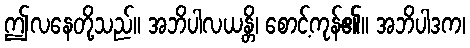
ဤလနေတို့သည်။ အဘိပါလယန္တိ၊ စောင့်ကုန်၏။ အဘိပါဒက၊